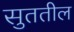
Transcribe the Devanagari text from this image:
सुततील